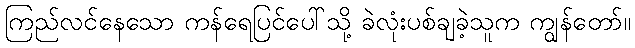
ကြည်လင်နေသော ကန်ရေပြင်ပေါ်သို့ ခဲလုံးပစ်ချခဲ့သူက ကျွန်တော်။